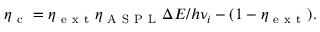
\eta _ { \mathrm { ~ c ~ } } = \eta _ { \mathrm { ~ e ~ x ~ t ~ } } \eta _ { \mathrm { ~ A ~ S ~ P ~ L ~ } } \Delta E / h \nu _ { i } - ( 1 - \eta _ { \mathrm { ~ e ~ x ~ t ~ } } ) .